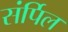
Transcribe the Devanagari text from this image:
संर्पिल